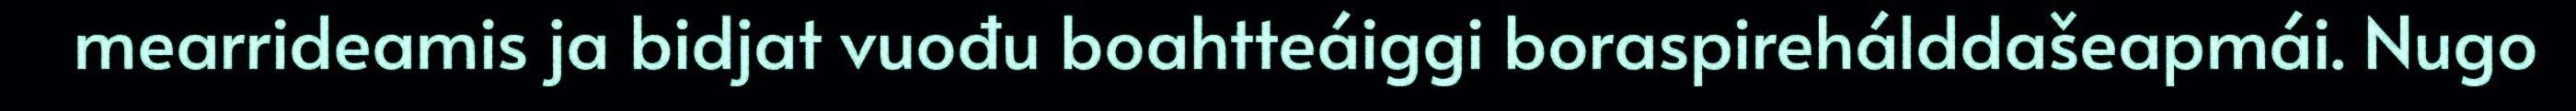
mearrideamis ja bidjat vuođu boahtteáiggi boraspirehálddašeapmái. Nugo